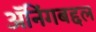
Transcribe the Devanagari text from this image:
ॲनिंगबद्दल